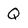
Character: Q